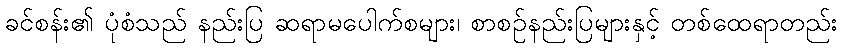
ခင်စန်း၏ ပုံစံသည် နည်းပြ ဆရာမပေါက်စများ၊ စာစဉ်နည်းပြများနှင့် တစ်ထေရာတည်း